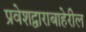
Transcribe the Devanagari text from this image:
प्रवेशद्वाराबाहेरील